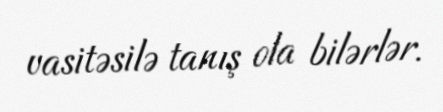
vasitəsilə tanış ola bilərlər.